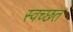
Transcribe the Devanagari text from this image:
स्वच्छत